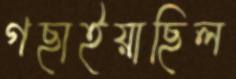
গছাইয়াছিল